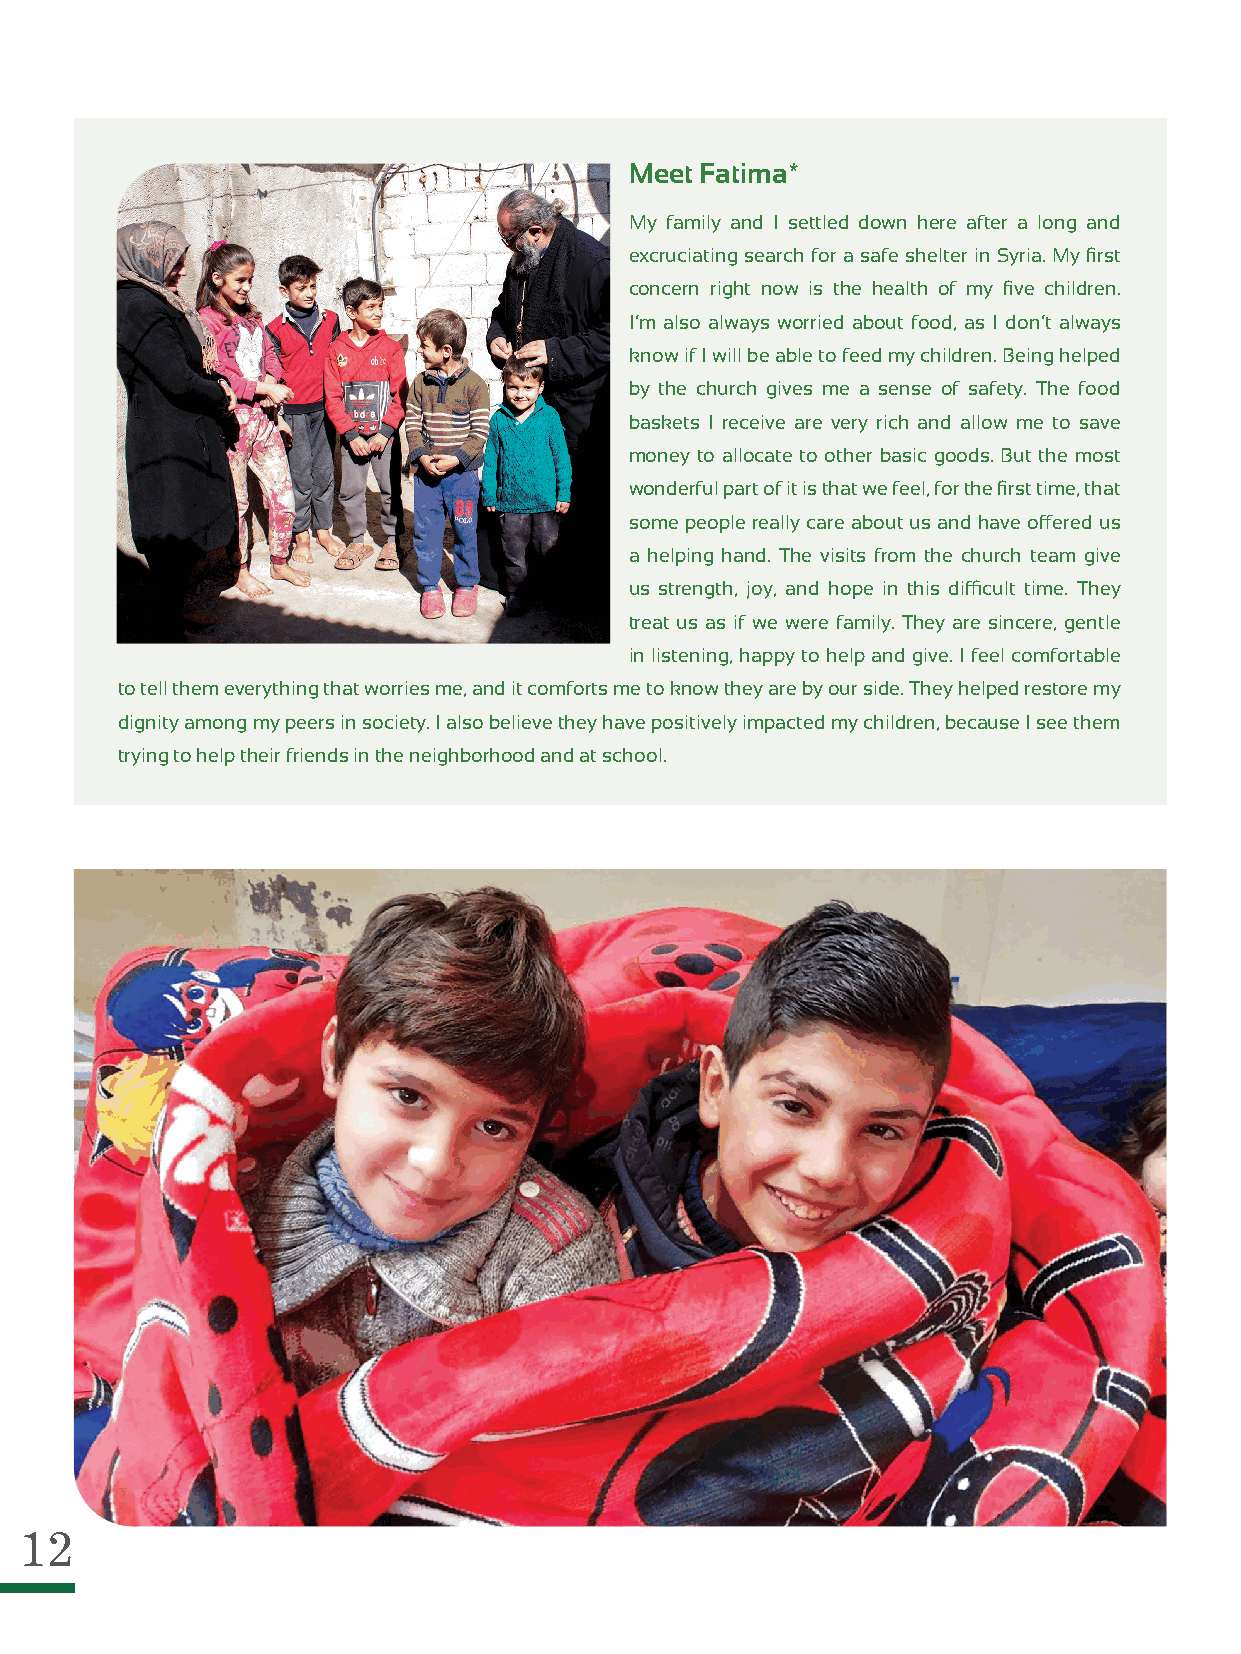
Meet Fatima*
 My family and I settled down here after a long and
 excruciating search for a safe shelter in Syria. My first
 concern right now is the health of my five children.
 I’m also always worried about food, as I don’t always
 know if I will be able to feed my children. Being helped
 by the church gives me a sense of safety. The food
 baskets I receive are very rich and allow me to save
 money to allocate to other basic goods. But the most
 wonderful part of it is that we feel, for the first time, that
 some people really care about us and have offered us
 a helping hand. The visits from the church team give
 us strength, joy, and hope in this difficult time. They
 treat us as if we were family. They are sincere, gentle
 in listening, happy to help and give. I feel comfortable
 to tell them everything that worries me, and it comforts me to know they are by our side. They helped restore my
 dignity among my peers in society. I also believe they have positively impacted my children, because I see them
 trying to help their friends in the neighborhood and at school.
 12